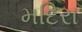
મદિરા